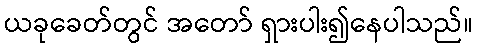
ယခုခေတ်တွင် အတော် ရှားပါး၍နေပါသည်။